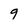
Character: 9